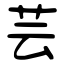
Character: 芸